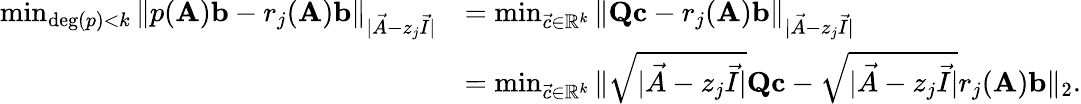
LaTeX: \begin{array}{rl}{\operatorname*{min}_{\mathrm{deg}(p)<k}\| p(\mathbf{A})\mathbf{b}-r_{j}(\mathbf{A})\mathbf{b}\| _{|\vec{A}-z_{j}\vec{I}|}}&{=\operatorname*{min}_{\vec{c}\in\mathbb{R}^{k}}\| \mathbf{Q}\mathbf{c}-r_{j}(\mathbf{A})\mathbf{b}\| _{|\vec{A}-z_{j}\vec{I}|}}\\ &{=\operatorname*{min}_{\vec{c}\in\mathbb{R}^{k}}\| \sqrt{|\vec{A}-z_{j}\vec{I}|}\mathbf{Q}\mathbf{c}-\sqrt{|\vec{A}-z_{j}\vec{I}|}r_{j}(\mathbf{A})\mathbf{b}\| _{2}.}\end{array}